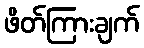
ဖိတ်ကြားချက်